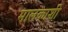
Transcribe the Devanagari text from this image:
मालकाशी